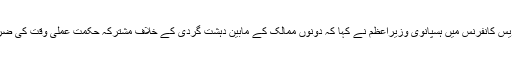
مشترکہ پریس کانفرنس میں ہسپانوی وزیراعظم نے کہا کہ دونوں ممالک کے مابین دہشت گردی کے خلاف مشترکہ حکمت عملی وقت کی ضرورت ہے۔